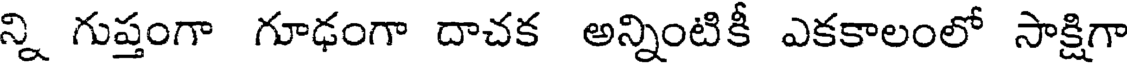
న్ని గుప్తంగా గూఢంగా దాచక అన్నింటికీ ఎకకాలంలో సాక్షిగా